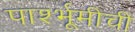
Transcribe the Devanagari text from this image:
पार्श्भूमीची